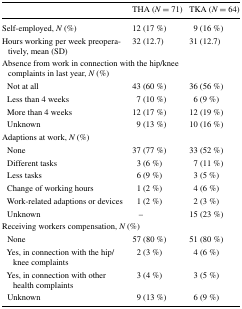
<table><thead><tr><td></td><td><b>THA (<i>N</i> = 71)</b></td><td><b>TKA (<i>N</i> = 64)</b></td></tr></thead><tbody><tr><td>Self-employed, <i>N</i> (%)</td><td>12 (17 %)</td><td>9 (16 %)</td></tr><tr><td>Hours working per week preoperatively, mean (SD)</td><td>32 (12.7)</td><td>31 (12.7)</td></tr><tr><td colspan="3">Absence from work in connection with the hip/knee complaints in last year, <i>N</i> (%)</td></tr><tr><td> Not at all</td><td>43 (60 %)</td><td>36 (56 %)</td></tr><tr><td> Less than 4 weeks</td><td>7 (10 %)</td><td>6 (9 %)</td></tr><tr><td> More than 4 weeks</td><td>12 (17 %)</td><td>12 (19 %)</td></tr><tr><td> Unknown</td><td>9 (13 %)</td><td>10 (16 %)</td></tr><tr><td colspan="3">Adaptions at work, <i>N</i> (%)</td></tr><tr><td> None</td><td>37 (77 %)</td><td>33 (52 %)</td></tr><tr><td> Different tasks</td><td>3 (6 %)</td><td>7 (11 %)</td></tr><tr><td> Less tasks</td><td>6 (9 %)</td><td>3 (5 %)</td></tr><tr><td> Change of working hours</td><td>1 (2 %)</td><td>4 (6 %)</td></tr><tr><td> Work-related adaptions or devices</td><td>1 (2 %)</td><td>2 (3 %)</td></tr><tr><td> Unknown</td><td>–</td><td>15 (23 %)</td></tr><tr><td colspan="3">Receiving workers compensation, <i>N</i> (%)</td></tr><tr><td> None</td><td>57 (80 %)</td><td>51 (80 %)</td></tr><tr><td> Yes, in connection with the hip/knee complaints</td><td>2 (3 %)</td><td>4 (6 %)</td></tr><tr><td> Yes, in connection with other health complaints</td><td>3 (4 %)</td><td>3 (5 %)</td></tr><tr><td> Unknown</td><td>9 (13 %)</td><td>6 (9 %)</td></tr></tbody></table>